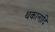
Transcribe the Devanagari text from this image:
थकानादि